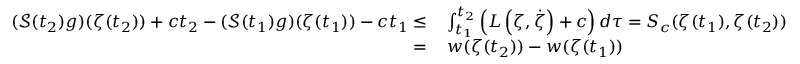
\begin{array} { r l } { ( \mathcal S ( t _ { 2 } ) g ) ( \zeta ( t _ { 2 } ) ) + c t _ { 2 } - ( \mathcal S ( t _ { 1 } ) g ) ( \zeta ( t _ { 1 } ) ) - c t _ { 1 } \le } & { \, \int _ { t _ { 1 } } ^ { t _ { 2 } } \left( L \left( \zeta , \dot { \zeta } \right) + c \right) d \tau = S _ { c } ( \zeta ( t _ { 1 } ) , \zeta ( t _ { 2 } ) ) } \\ { = } & { \, w ( \zeta ( t _ { 2 } ) ) - w ( \zeta ( t _ { 1 } ) ) } \end{array}